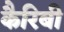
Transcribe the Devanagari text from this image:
कैरिबी